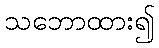
သဘောထား၍